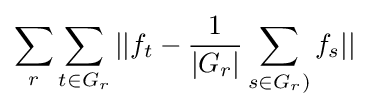
\sum _{r}\sum _{t\in G_{r}}||f_{t}-{\frac {1}{|G_{r}|}}\sum _{s\in G_{r})}f_{s}||